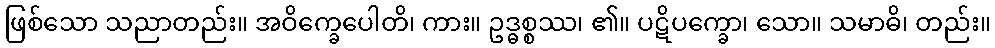
ဖြစ်သော သညာတည်း။ အဝိက္ခေပေါတိ၊ ကား။ ဥဒ္ဓစ္စဿ၊ ၏။ ပဋိပက္ခော၊ သော။ သမာဓိ၊ တည်း။